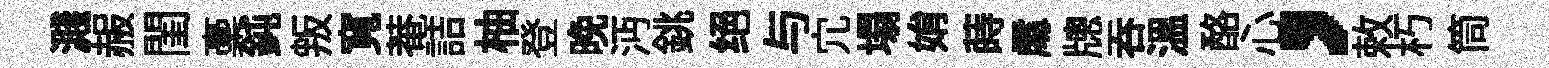
濺赧閨稾鈍叛寬菴詰柚登晚沔銚绝与宂塌姢蒔𠁅牕呑溫酪心，敕朽筒